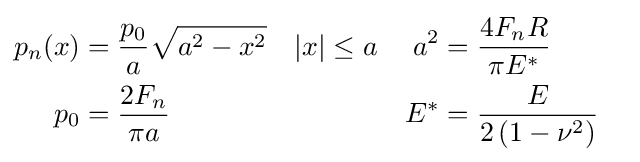
{\begin{aligned}p_{n}(x)&={\frac {p_{0}}{a}}{\sqrt {a^{2}-x^{2}}}&|x|&\leq a&a^{2}&={\frac {4F_{n}R}{\pi E^{*}}}\\p_{0}&={\frac {2F_{n}}{\pi a}}&&&E^{*}&={\frac {E}{2\left(1-\nu ^{2}\right)}}&\end{aligned}}